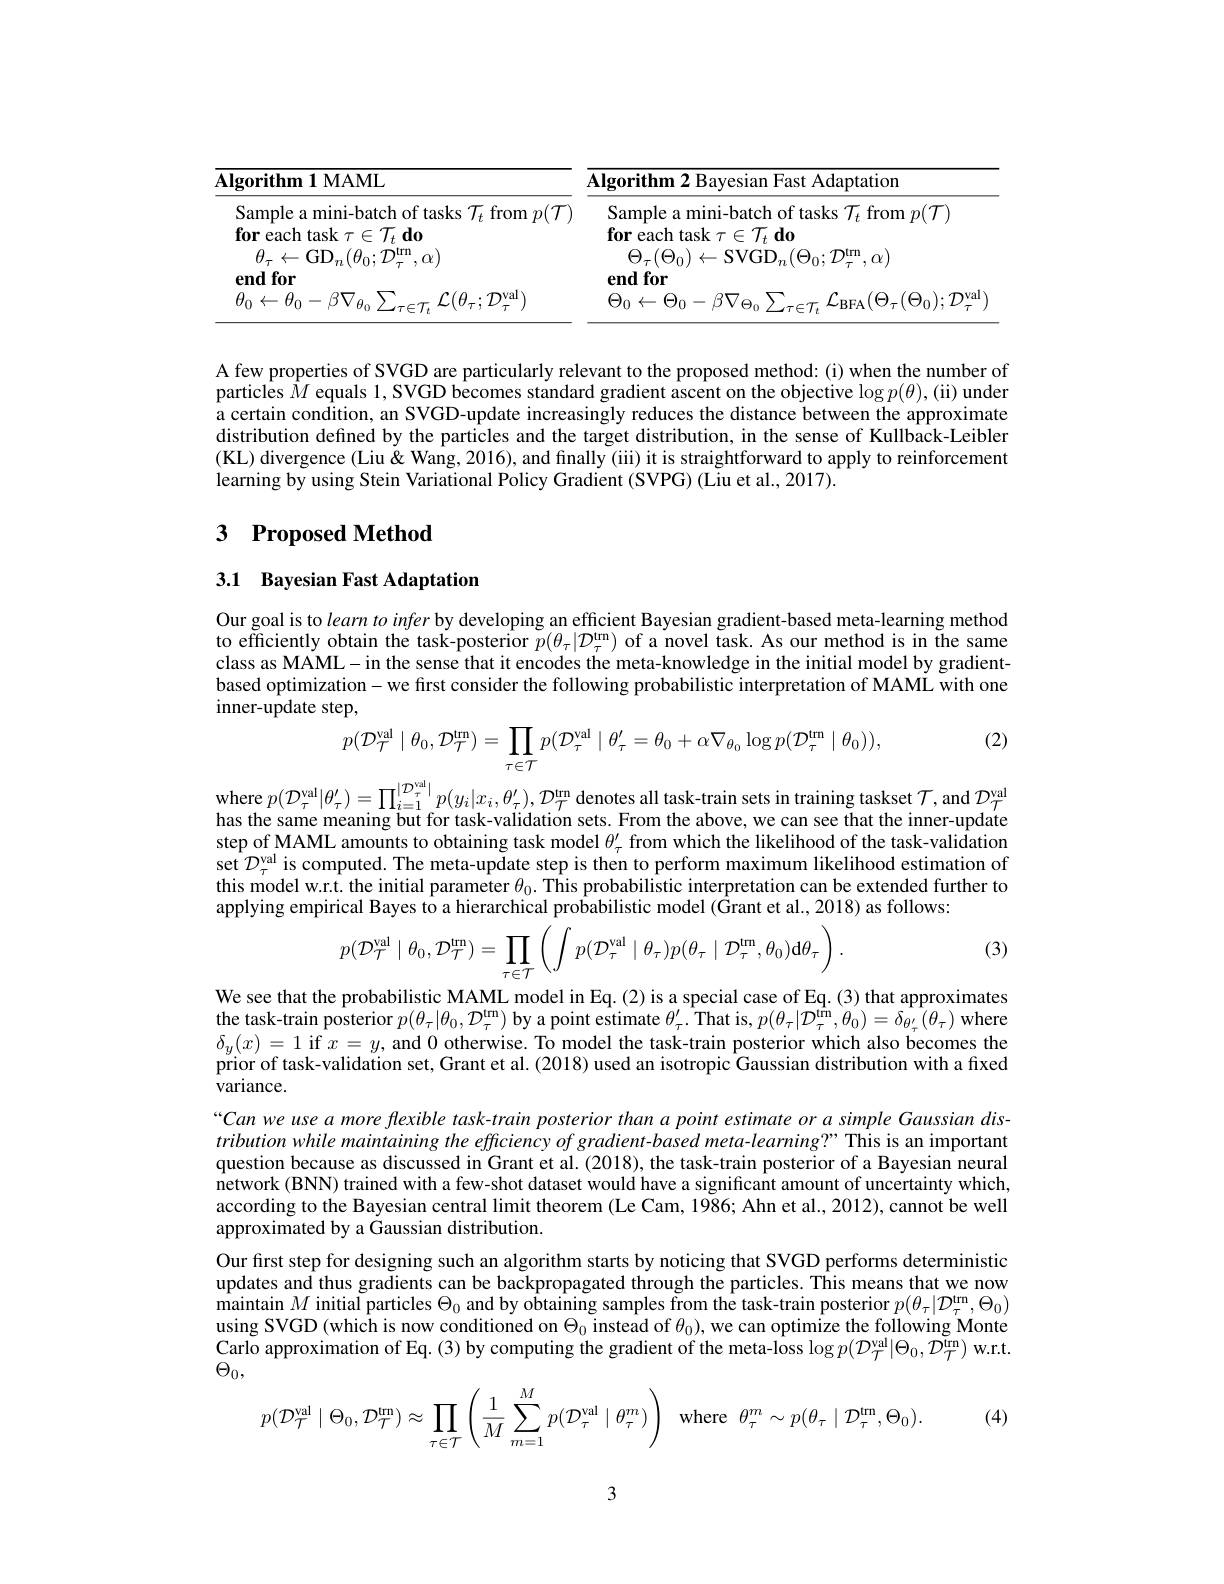
<table>
	<tbody>
		<tr>
			<th>$\mathbf{Algorithm1MAML}$</th>
			<th>Algorithm 2 Bayesian Fast Adaptation</th>
		</tr>
		<tr>
			<td>Sample a mini-batch of tasks $\mathcal{T}_t$ from $p(\mathcal{T})$ $\textbf{for each task }\tau \in \mathcal{T} _{t}\textbf{do}$</td>
			<td>Sample a mini-batch of tasks $\mathcal{T}_t$ from $p(\mathcal{T})$ $\textbf{for each task }\tau \in \mathcal{T} _{t}\textbf{do}$</td>
		</tr>
	</tbody>
</table>

A few properties of SVGD are particularly relevant to the proposed method: (i) when the number of particles $\hat{M}$ equals 1, SVGD becomes standard gradient ascent on the objective $\log p(\theta),($ii) under a certain condition, an SVGD-update increasingly reduces the distance between the approximate distribution defined by the particles and the target distribution, in the sense of Kullback-Leibler (KL) divergence (Liu $\dot{\text{\"{\&}Wang,2016),andfinally\"{\text{(iiii)itisstraightforwardtoapplytoreinforcement}}}}$ learning by using Stein Variational Policy Gradient (SVPG) (Liu et al., 2017).

## 3 Proposed Method

## 3.1 Bayesian Fast Adaptation

Our goal is to $learn\textit{to infer by developing an efficient Bayesian gradient- based meta- learning method}$ to efficiently obtain the task-posterior $\tilde{p}(\theta_\tau|\mathcal{D}_\tau^\mathrm{tm})$ of a novel task. As our method is in the same class as MAML-in the sense that it encodes the meta-knowledge in the initial model by gradientbased optimization- we first consider the following probabilistic interpretation of MAML with one inner-update step,

(2)
$$p(\mathcal{D}_{\mathcal{T}}^{\mathrm{val}}\mid\theta_{0},\mathcal{D}_{\mathcal{T}}^{\mathrm{trn}})=\prod_{\tau\in\mathcal{T}}p(\mathcal{D}_{\tau}^{\mathrm{val}}\mid\theta_{\tau}^{\prime}=\theta_{0}+\alpha\nabla_{\theta_{0}}\log p(\mathcal{D}_{\tau}^{\mathrm{trn}}\mid\theta_{0})),$$
where $p( \mathcal{D} _{\tau }^{\text{val}}| \theta _{\tau }^{\prime }) = \prod _{i= 1}^{| \mathcal{D} _{\tau }^{\text{val}}| }p( y_{i}| x_{i}, \theta _{\tau }^{\prime }) , \mathcal{D} _{\mathcal{T} }^{\text{trn denotes all task- train sets in training taskset }\mathcal{T} }$,and $\mathcal{D}_{\mathcal{T}}^{\text{val}}$ has the same meaning but for task-validation sets. From the above, we can see that the inner-update step of MAML amounts to obtaining task model $\theta_\tau^{\prime}$ from which the likelihood of the task-validation set $\mathcal{D}_\tau^\mathrm{val}$ is computed. The meta-update step is then to perform maximum likelihood estimation of this model w.r.t. the initial parameter $\theta_0.$ This probabilistic interpretation can be extended further to applying empirical Bayes to a hierarchical probabilistic model ($\hat{\text{Grantetal.,2018}}$) as follows:

(3)
$$p(\mathcal{D}_{\mathcal{T}}^{\mathrm{val}}\mid\theta_{0},\mathcal{D}_{\mathcal{T}}^{\mathrm{trn}})=\prod_{\tau\in\mathcal{T}}\left(\int p(\mathcal{D}_{\tau}^{\mathrm{val}}\mid\theta_{\tau})p(\theta_{\tau}\mid\mathcal{D}_{\tau}^{\mathrm{trn}},\theta_{0})\mathrm{d}\theta_{\tau}\right).$$
We see that the probabilistic MAML model in Eq.(2) is a special case of Eq.(3) that approximates $\hat{\textbf{the task-train posterior }p}(\theta_{\tau}|\theta_{0},\mathcal{D}_{\tau}^{\text{tm}})$ by a point estimate $\theta_\tau^\prime.$ That is, $p(\theta_\tau|\mathcal{D}_{\tau}^{\text{tr}},\theta_0)=\delta_{\theta_{\tau}^{\prime}}(\theta_{\tau})$ where $\delta _{y}( x)$ = 1 if $x$ = $y$, and 0 otherwise. To model the task-train posterior which also becomes the prior of task-validation set, Grant et al. (2018) used an isotropic Gaussian distribution with a fixed $\tilde{\text{variance}}.$
Can we use a more flexible task- train posterior than a point estimate or a simple Gaussian distributionwhilemaintaining the efficiency of gradient-based meta-learning?” This is an important question because as discussed in Grant et al. (2018), the task-train posterior of a Bayesian neural $\hat{\text{network(BNN)trainedwithafew-shot dataset would have a significant amount of uncertainty which,}}$ according to the Bayesian central limit theorem (Le Cam, 1986; Ahn et al., 2012), cannot be well approximated by a Gaussian distribution.
Our fırst step for designing such an algorithm starts by noticing that SVGD performs deterministic updates and thus gradients can be backpropagated through the particles. This means that we now $\hat{\text{maintain }M\text{ initial particles }\Theta}_0$ and by obtaining samples from the task-train posterior $p(\theta_\tau|\mathcal{D}_\tau^\mathrm{tm},\Theta_0)$ using SVGD (which is now conditioned on $\Theta_0$ instead of $\theta_0)$, we can optimize the following Monte $\underset{\mathrm{Carlo~approximation~of~Eq.~(3)~by~computing~the~gradient~of~the~meta-loss~log~}p({\mathcal D}_{\mathcal{T}}^{\mathrm{val}}|\Theta_{0},{\mathcal D}_{\mathcal{T}}^{\mathrm{trn}})~\mathrm{w.r.t.}}$ $\Theta_0$,
$$p(\mathcal{D}_{\mathcal{T}}^{\text{val}}\mid\Theta_0,\mathcal{D}_{\mathcal{T}}^{\text{trn}})\approx\prod_{\tau\in\mathcal{T}}\left(\dfrac{1}{M}\sum_{m=1}^{M}p(\mathcal{D}_{\tau}^{\text{val}}\mid\theta_{\tau}^{m})\right)\:\text{where}\:\theta_{\tau}^{m}\sim p(\theta_{\tau}\mid\mathcal{D}_{\tau}^{\text{trn}},\Theta_{0}).$$
(4)

3